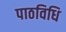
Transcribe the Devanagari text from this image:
पाठविधि